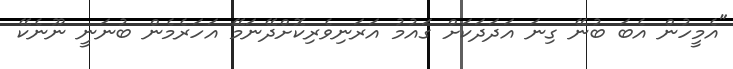
"އެމީހުން އެބަ ބުނޭ ގިނަ އަދަދަކަށް ގައުމު އަރަނިވެރިކޮށްދޭނަމޭ އަހަރެމެން ބުނަނީ ނޫނެކޭ